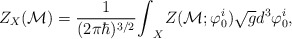
\begin{align*}Z_{X} ({\cal M}) = \frac{1}{(2\pi\hbar)^{3/2}} {\int}_{X} Z({\cal M}; {\varphi}^ i_0) \sqrt{g} d^3 {\varphi}^i_0,\end{align*}